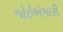
જોઇએમારી